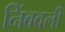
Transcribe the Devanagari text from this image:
निंबवली